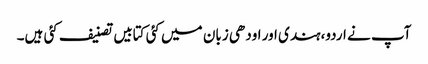
آپ نے اردو،ہندی اور اودھی زبان میں کئی کتابیں تصنیف کئی ہیں۔